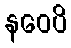
နဝေပိ